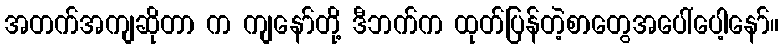
အတက်အကျဆိုတာ က ကျနော်တို့ ဒီဘက်က ထုတ်ပြန်တဲ့စာတွေအပေါ်ပေါ့နော်။